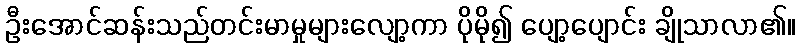
ဦးအောင်ဆန်းသည်တင်းမာမှုများလျော့ကာ ပိုမို၍ ပျော့ပျောင်း ချိုသာလာ၏။